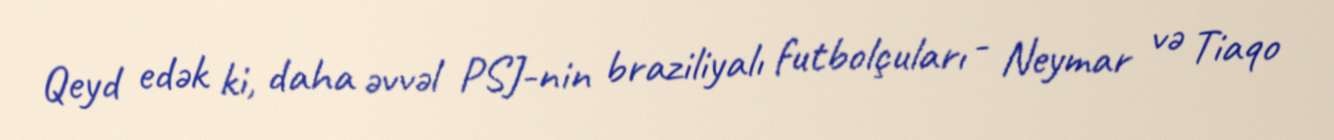
Qeyd edək ki, daha əvvəl PSJ-nin braziliyalı futbolçuları - Neymar və Tiaqo